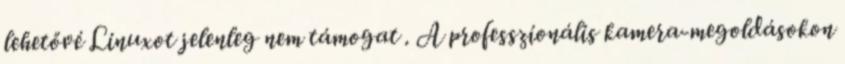
lehetővé Linuxot jelenleg nem támogat . A professzionális kamera-megoldásokon